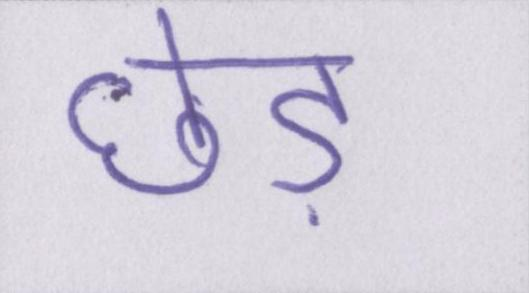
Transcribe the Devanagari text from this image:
छेड़